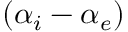
( \alpha _ { i } - \alpha _ { e } )